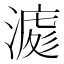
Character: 𣼀